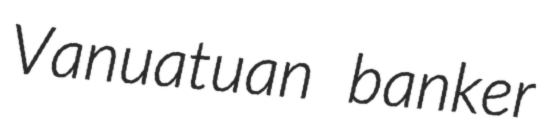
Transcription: Vanuatuan banker